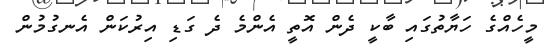
މީހެއްގެ ހަޔާތުގައި ބާކީ ދެން އޮތީ އެންމެ ދެ ގަޑި އިރުކަން އެނގުމުން